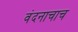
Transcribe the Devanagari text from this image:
वंदनाचाच